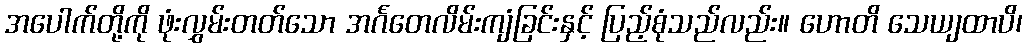
အပေါက်တို့ကို ဖုံးလွှမ်းတတ်သော အင်္ဂတေလိမ်းကျံခြင်းနှင့် ပြည့်စုံသည်လည်း။ ဟောတိ သေယျထာပိ၊